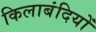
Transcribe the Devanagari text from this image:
किलाबंदियों